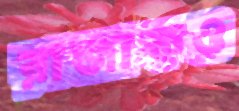
রাজাকও